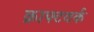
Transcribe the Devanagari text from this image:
क्राफ्टवर्क